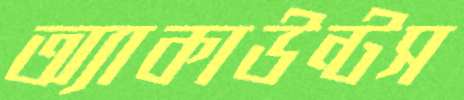
অ্যাকাউন্টস